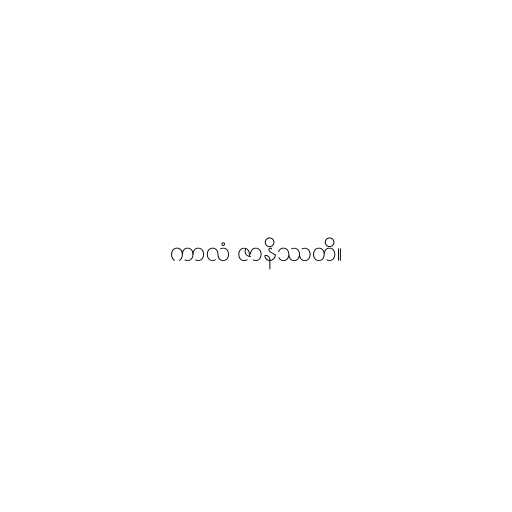
ကာလံ ဇာနိဿတိ။